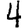
Digit: 4